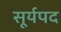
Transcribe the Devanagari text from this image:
सूर्यपद